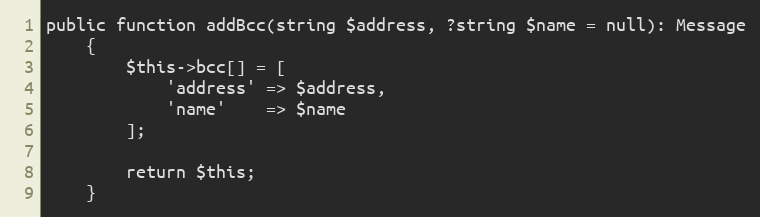
Language: PHP
public function addBcc(string $address, ?string $name = null): Message
    {
        $this->bcc[] = [
            'address' => $address,
            'name'    => $name
        ];

        return $this;
    }